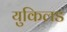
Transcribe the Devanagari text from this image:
युकिलड